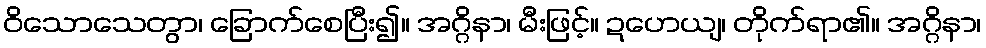
ဝိသောသေတွာ၊ ခြောက်စေပြီး၍။ အဂ္ဂိနာ၊ မီးဖြင့်။ ဍဟေယျ၊ တိုက်ရာ၏။ အဂ္ဂိနာ၊